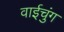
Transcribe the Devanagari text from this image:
वाईचुंग